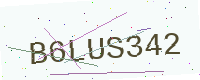
Text: B6LUS342